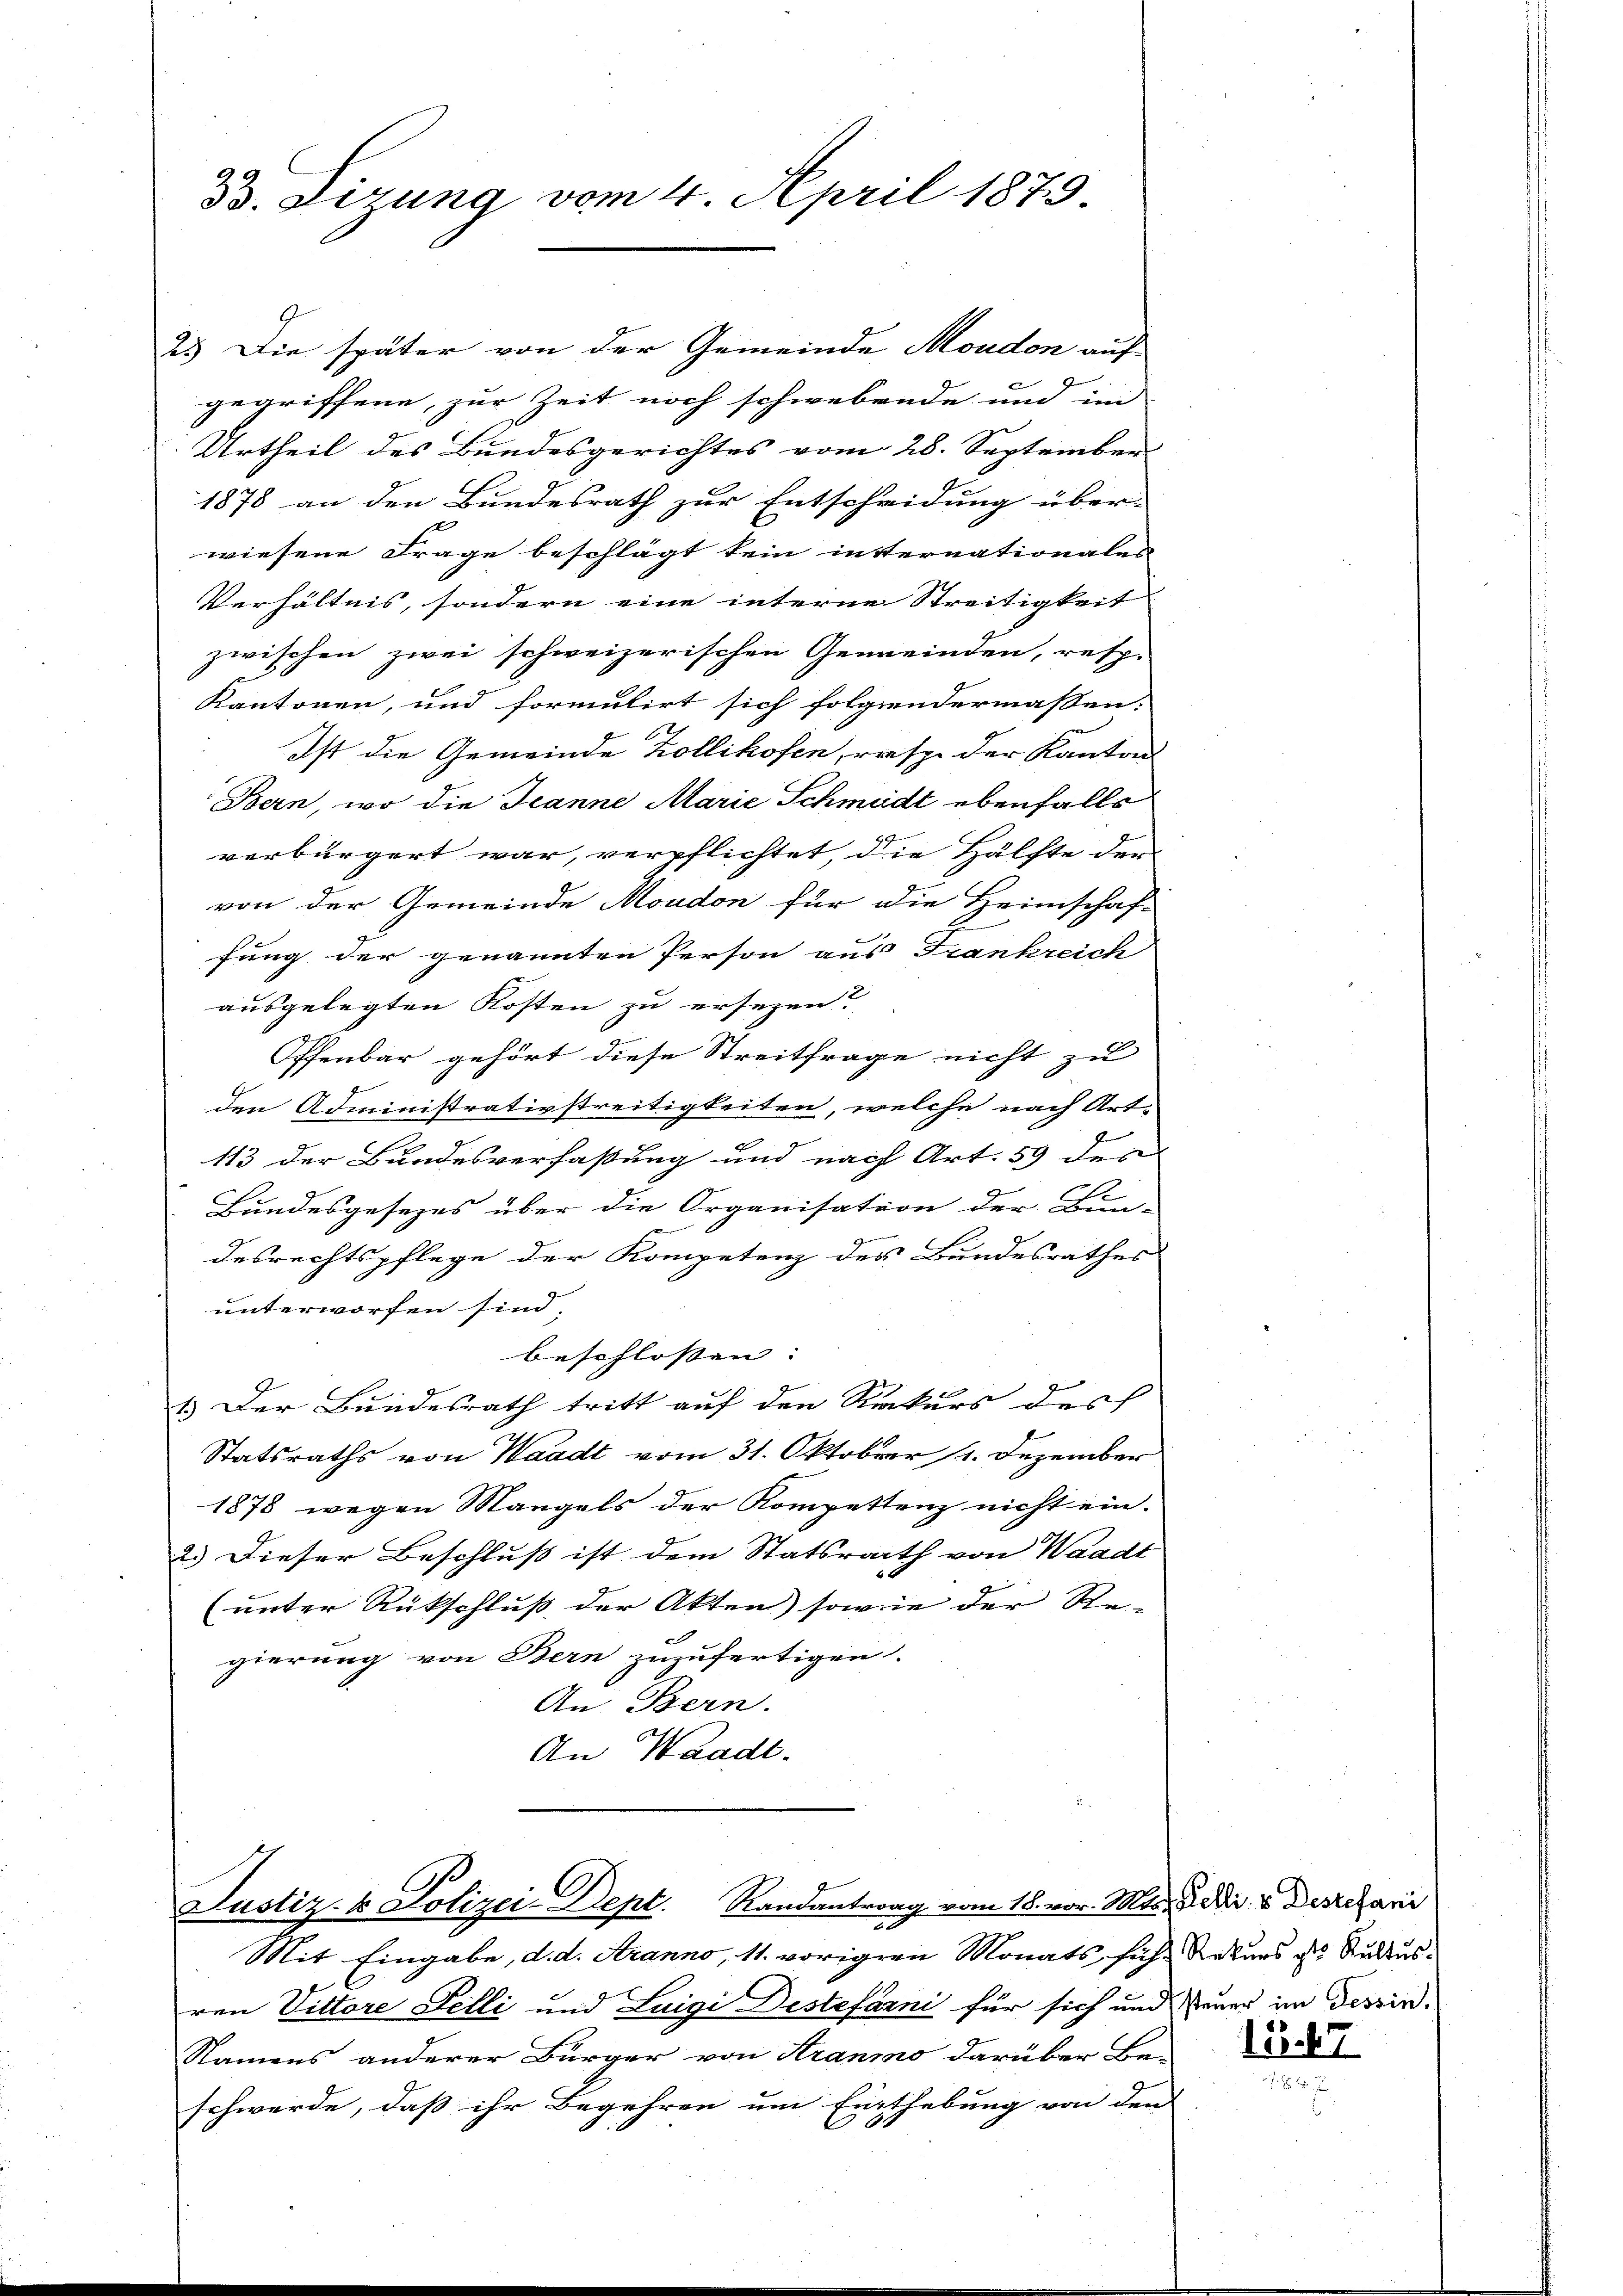
Dr. Sitzung vom 4. April 1879

23. Die später von der Gemeinde Moudon auf
gegriffene, zur Zeit noch schwebende und im
Urtheil des Bundesgerichtes vom 28. September
1878 an den Bundesrath zur Entscheidung über-
1
wiesene Frage beschlägt kein insternationales
Verhältnis, sondern eine interne Streitigkeit
zwischen zwei schweizerischen Gemeinden, resp.
Kantonen, und formulirt sich folgendermaßen:
Ist die Gemeinde Zollikofen, resp. der Kanton
Bern, wo die Jeanne Marie Schmidt ebenfalls
verbürgert war, verpflichtet, die Hälfte der
von der Gemeinde Moudon für die Heimschaf-
fung der genannten Person aus Frankreich
ausgelegten Kosten zu ersezen?
Offenbar gehört diese Streitfrage nicht zu
den Administrativstreitigkeiten, welche nach Art-
113 der Bundesverfaßung und nach Art. 59 des
Bundesgesezes über die Organisation der Bun-
desrechtspflege der Kompetenz des Bundesrathes
unterworfen sind,
beschlossen:
1.) Der Bundesrath tritt auf den Rekurs des
Statsraths von Waadt vom 31. Oktober 1. Dezember
1878 wegen Mangels der Kompettenz nicht ein-
2.) Dieser Beschluß ist dem Statsrath von Waadt
(unter Rückschluß der Akten) sowie der Regierung von Bern zuzufertigen.
An Bern.
An Waadt.

Justiz- & Polizei-Dept. Randantrag vom 18. vor. Mts. die v. Destefani

Mit Eingabe, d. d. Aranno, 11. vorigen Monats sich Rekurs des Kultus-
ren Vittore Felli und Luigi Destefanni für sich und Feuer im Tessin.
Namens anderer Bürger von Aranno darüber Be-
schwerde, daß ihr Begehren um Einthebung von den

13.47